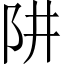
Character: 阱